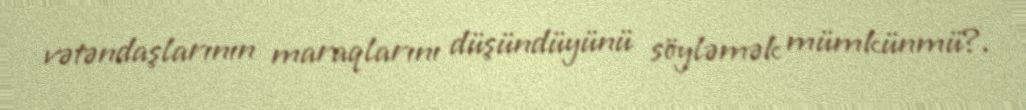
vətəndaşlarının maraqlarını düşündüyünü söyləmək mümkünmü?.